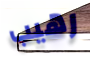
رهيب